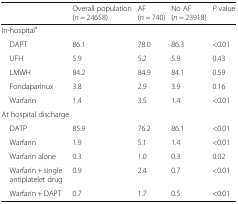
<table><thead><tr><td></td><td><b>Overall population (<i>n</i> = 24658)</b></td><td><b>AF (<i>n</i> = 740)</b></td><td><b>No AF (<i>n</i> = 23918)</b></td><td><b><i>P</i> value</b></td></tr></thead><tbody><tr><td colspan="5">In-hospital<sup>a</sup></td></tr><tr><td> DAPT</td><td>86.1</td><td>78.0</td><td>86.3</td><td>&lt;0.01</td></tr><tr><td> UFH</td><td>5.9</td><td>5.2</td><td>5.9</td><td>0.43</td></tr><tr><td> LMWH</td><td>84.2</td><td>84.9</td><td>84.1</td><td>0.59</td></tr><tr><td> Fondaparinux</td><td>3.8</td><td>2.9</td><td>3.9</td><td>0.16</td></tr><tr><td> Warfarin</td><td>1.4</td><td>3.5</td><td>1.4</td><td>&lt;0.01</td></tr><tr><td colspan="5">At hospital discharge</td></tr><tr><td> DATP</td><td>85.9</td><td>76.2</td><td>86.1</td><td>&lt;0.01</td></tr><tr><td> Warfarin</td><td>1.9</td><td>5.1</td><td>1.4</td><td>&lt;0.01</td></tr><tr><td> Warfarin alone</td><td>0.3</td><td>1.0</td><td>0.3</td><td>0.02</td></tr><tr><td> Warfarin + single antiplatelet drug</td><td>0.9</td><td>2.4</td><td>0.7</td><td>&lt;0.01</td></tr><tr><td> Warfarin + DAPT</td><td>0.7</td><td>1.7</td><td>0.5</td><td>&lt;0.01</td></tr></tbody></table>